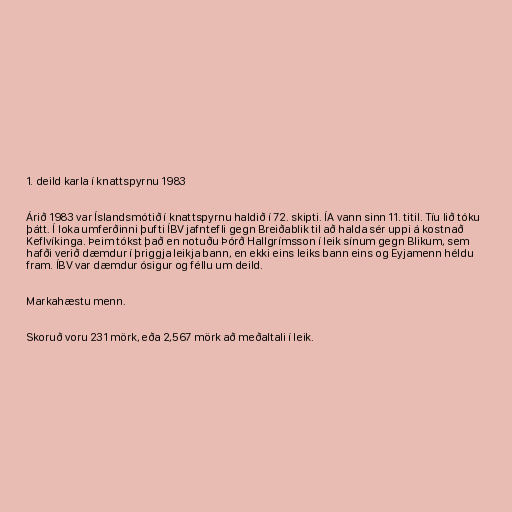
1. deild karla í knattspyrnu 1983

Árið 1983 var Íslandsmótið í knattspyrnu haldið í 72. skipti. ÍA vann sinn 11. titil. Tíu lið tóku
þátt. Í loka umferðinni þufti ÍBV jafntefli gegn Breiðablik til að halda sér uppi á kostnað
Keflvíkinga. Þeim tókst það en notuðu Þórð Hallgrímsson í leik sínum gegn Blikum, sem
hafði verið dæmdur í þriggja leikja bann, en ekki eins leiks bann eins og Eyjamenn héldu
fram. ÍBV var dæmdur ósigur og féllu um deild.

Markahæstu menn.

Skoruð voru 231 mörk, eða 2,567 mörk að meðaltali í leik.